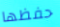
حفظها